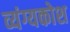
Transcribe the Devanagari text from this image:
व्यंग्यकोश